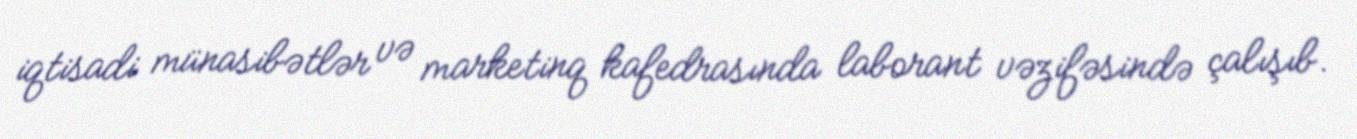
iqtisadi münasibətlər və marketinq kafedrasında laborant vəzifəsində çalışıb.